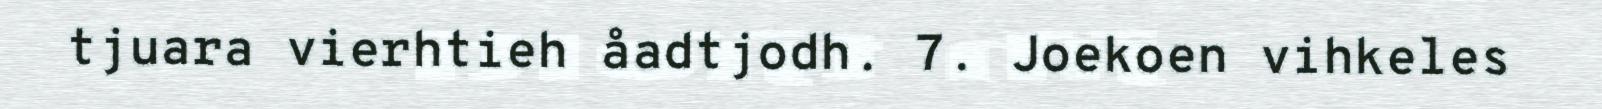
tjuara vierhtieh åadtjodh. 7. Joekoen vihkeles